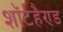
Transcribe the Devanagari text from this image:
शॉर्टहैण्ड